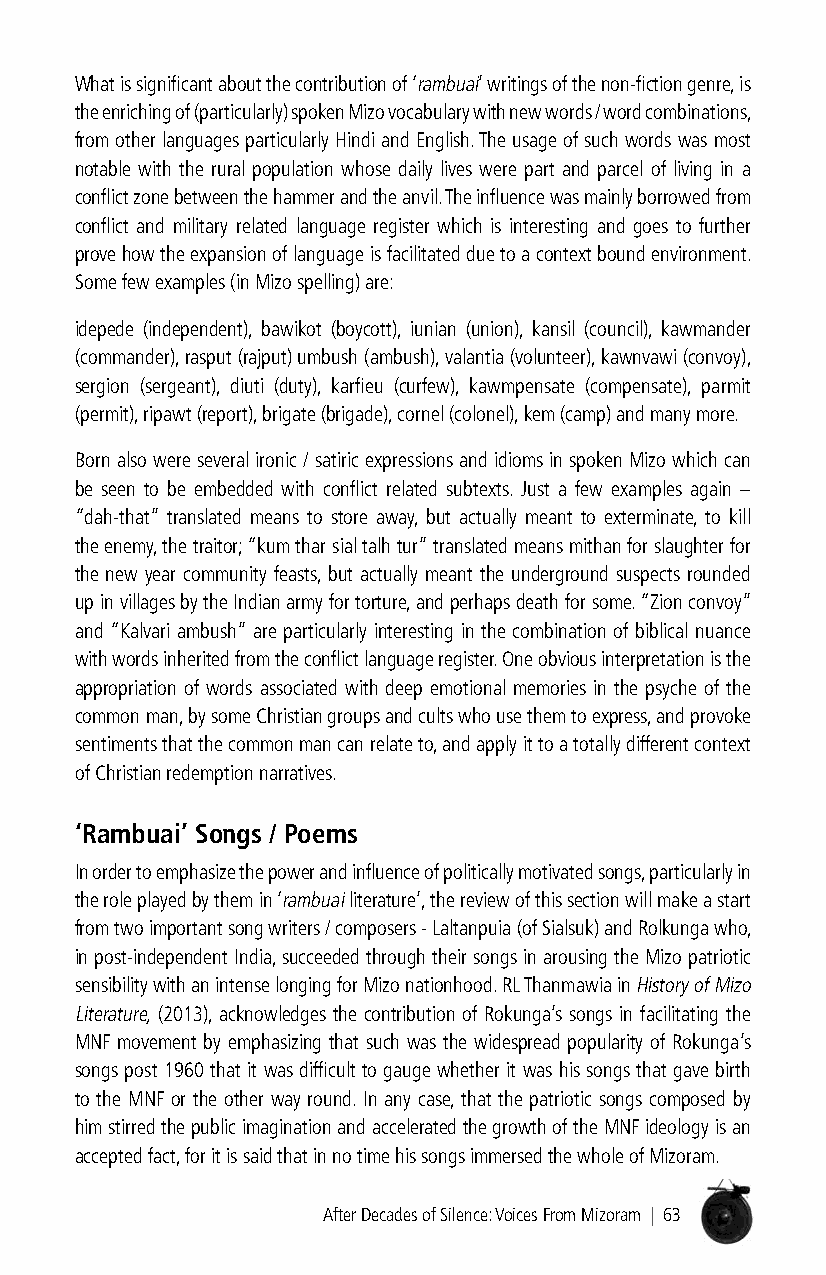
What is significant about the contribution of ‘rambuai’ writings of the non-fiction genre, is
 the enriching of (particularly) spoken Mizo vocabulary with new words / word combinations,
 from other languages particularly Hindi and English. The usage of such words was most
 notable with the rural population whose daily lives were part and parcel of living in a
 conflict zone between the hammer and the anvil. The influence was mainly borrowed from
 conflict and military related language register which is interesting and goes to further
 prove how the expansion of language is facilitated due to a context bound environment.
 Some few examples (in Mizo spelling) are:
 idepede (independent), bawikot (boycott), iunian (union), kansil (council), kawmander
 (commander), rasput (rajput) umbush (ambush), valantia (volunteer), kawnvawi (convoy),
 sergion (sergeant), diuti (duty), karfieu (curfew), kawmpensate (compensate), parmit
 (permit), ripawt (report), brigate (brigade), cornel (colonel), kem (camp) and many more.
 Born also were several ironic / satiric expressions and idioms in spoken Mizo which can
 be seen to be embedded with conflict related subtexts. Just a few examples again –
 “dah-that” translated means to store away, but actually meant to exterminate, to kill
 the enemy, the traitor; “kum thar sial talh tur” translated means mithan for slaughter for
 the new year community feasts, but actually meant the underground suspects rounded
 up in villages by the Indian army for torture, and perhaps death for some. “Zion convoy”
 and “Kalvari ambush” are particularly interesting in the combination of biblical nuance
 with words inherited from the conflict language register. One obvious interpretation is the
 appropriation of words associated with deep emotional memories in the psyche of the
 common man, by some Christian groups and cults who use them to express, and provoke
 sentiments that the common man can relate to, and apply it to a totally different context
 of Christian redemption narratives.
 ‘rambuai’ songs / Poems
 In order to emphasize the power and influence of politically motivated songs, particularly in
 the role played by them in ‘rambuai literature’, the review of this section will make a start
 from two important song writers / composers - Laltanpuia (of Sialsuk) and Rolkunga who,
 in post-independent India, succeeded through their songs in arousing the Mizo patriotic
 sensibility with an intense longing for Mizo nationhood. RL Thanmawia in History of Mizo
 Literature, (2013), acknowledges the contribution of Rokunga’s songs in facilitating the
 MNF movement by emphasizing that such was the widespread popularity of Rokunga’s
 songs post 1960 that it was difficult to gauge whether it was his songs that gave birth
 to the MNF or the other way round. In any case, that the patriotic songs composed by
 him stirred the public imagination and accelerated the growth of the MNF ideology is an
 accepted fact, for it is said that in no time his songs immersed the whole of Mizoram.
 After Decades of Silence: Voices From Mizoram | 63